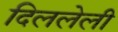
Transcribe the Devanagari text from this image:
दिललेली